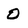
Character: O